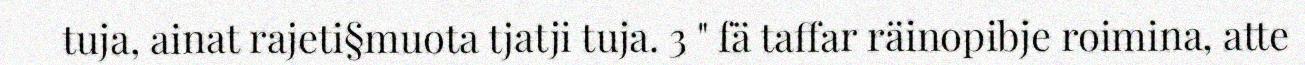
tuja, ainat rajeti§muota tjatji tuja. 3 " fä taffar räinopibje roimina, atte